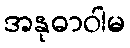
အနုဓာဝါမ